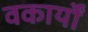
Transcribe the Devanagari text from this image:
वकार्यों